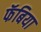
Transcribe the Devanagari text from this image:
फॅबिया